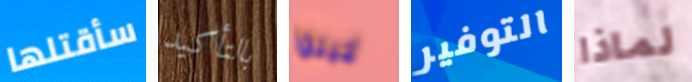
سأقتلها بالتأكيد كيلوا التوفير لماذا